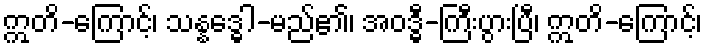
ဣတိ-ကြောင့်၊ သန္နဒ္ဓေါ-မည်၏၊ အဝဒ္ဓီ-ကြီးပွားပြီ၊ ဣတိ-ကြောင့်၊